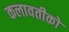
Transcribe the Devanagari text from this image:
कलावतीको